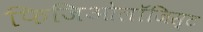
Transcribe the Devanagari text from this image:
फिजिओलॉजिस्ट